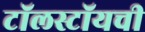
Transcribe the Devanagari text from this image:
टॉलस्टॉयची